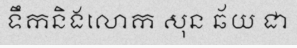
ទឹកនិងលោក សុន ឆ័យ ជា